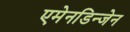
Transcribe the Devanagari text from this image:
एमेनडिन्जेन